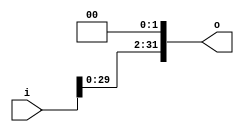
`timescale 1ns / 1ps

module sl2(
	input [31:0]i,
	output [31:0]o
);

assign o = {i[29:0],2'b00};

endmodule